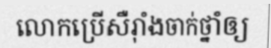
លោកប្រើសឺរ៉ាំងចាក់ថ្នាំឲ្យ